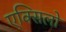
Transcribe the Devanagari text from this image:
एक्सिलो